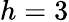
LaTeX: h=3